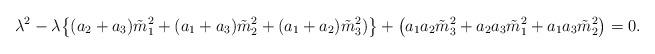
LaTeX: \begin{align*}\lambda^2-\lambda\bigl\{(a_2 + a_3)\tilde{m}_1^2+ (a_1 + a_3)\tilde{m}_2^2+(a_1 + a_2)\tilde{m}_3^2)\bigr\}+\bigl(a_1a_2\tilde{m}_3^2+a_2a_3\tilde{m}_1^2+a_1a_3\tilde{m}_2^2\bigr) =0.\end{align*}